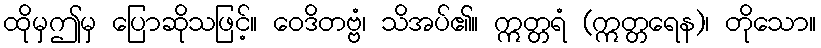
ထိုမှဤမှ ပြောဆိုသဖြင့်။ ဝေဒိတဗ္ဗံ၊ သိအပ်၏။ ဣတ္တရံ (ဣတ္တရေန)၊ တိုသော။